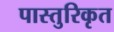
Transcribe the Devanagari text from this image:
पास्तुरिकृत